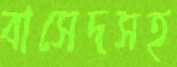
বাসেদসহ